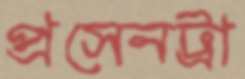
প্রসেনট্রা